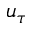
u _ { \tau }